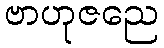
ဗာဟုဇညေ